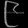
Digit: ၉